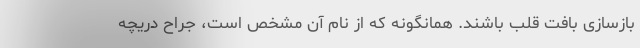
بازسازی بافت قلب باشند. همانگونه که از نام آن مشخص است، جراح دریچه